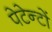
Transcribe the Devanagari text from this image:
पेटेन्टों